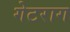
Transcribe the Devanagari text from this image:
गेटराग